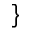
\}